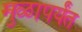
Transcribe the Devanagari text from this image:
मुळापर्यंत